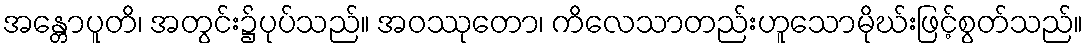
အန္တောပူတိ၊ အတွင်း၌ပုပ်သည်။ အဝဿုတော၊ ကိလေသာတည်းဟူသောမိုဃ်းဖြင့်စွတ်သည်။